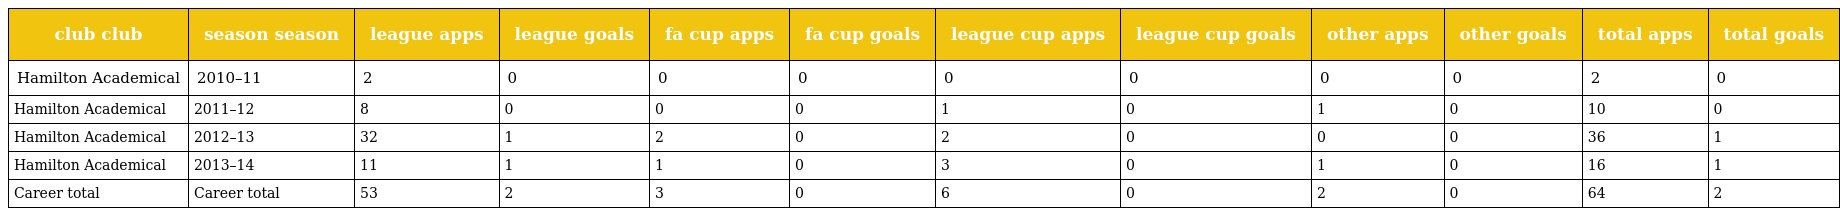
| club club | season season | league apps | league goals | fa cup apps | fa cup goals | league cup apps | league cup goals | other apps | other goals | total apps | total goals |
 | --- | --- | --- | --- | --- | --- | --- | --- | --- | --- | --- | --- |
 | Hamilton Academical | 2010–11 | 2 | 0 | 0 | 0 | 0 | 0 | 0 | 0 | 2 | 0 |
 | Hamilton Academical | 2011–12 | 8 | 0 | 0 | 0 | 1 | 0 | 1 | 0 | 10 | 0 |
 | Hamilton Academical | 2012–13 | 32 | 1 | 2 | 0 | 2 | 0 | 0 | 0 | 36 | 1 |
 | Hamilton Academical | 2013–14 | 11 | 1 | 1 | 0 | 3 | 0 | 1 | 0 | 16 | 1 |
 | Career total | Career total | 53 | 2 | 3 | 0 | 6 | 0 | 2 | 0 | 64 | 2 |